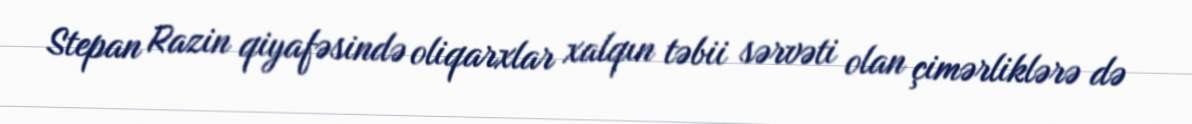
Stepan Razin qiyafəsində oliqarxlar xalqın təbii sərvəti olan çimərliklərə də